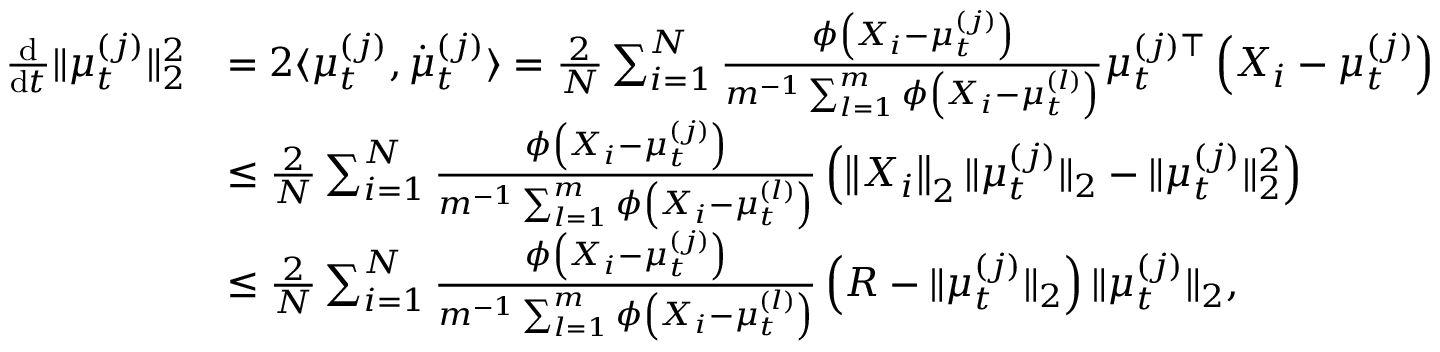
\begin{array} { r l } { \frac { \mathrm { d } } { \mathrm { d } t } \Vert \mu _ { t } ^ { ( j ) } \Vert _ { 2 } ^ { 2 } } & { = 2 \langle \mu _ { t } ^ { ( j ) } , \dot { \mu } _ { t } ^ { ( j ) } \rangle = \frac { 2 } { N } \sum _ { i = 1 } ^ { N } \frac { \phi \left( X _ { i } - \mu _ { t } ^ { ( j ) } \right) } { m ^ { - 1 } \sum _ { l = 1 } ^ { m } \phi \left( X _ { i } - \mu _ { t } ^ { ( l ) } \right) } \mu _ { t } ^ { ( j ) \top } \left( X _ { i } - \mu _ { t } ^ { ( j ) } \right) } \\ & { \leq \frac { 2 } { N } \sum _ { i = 1 } ^ { N } \frac { \phi \left( X _ { i } - \mu _ { t } ^ { ( j ) } \right) } { m ^ { - 1 } \sum _ { l = 1 } ^ { m } \phi \left( X _ { i } - \mu _ { t } ^ { ( l ) } \right) } \left( \left\Vert X _ { i } \right\Vert _ { 2 } \Vert \mu _ { t } ^ { ( j ) } \Vert _ { 2 } - \Vert \mu _ { t } ^ { ( j ) } \Vert _ { 2 } ^ { 2 } \right) } \\ & { \leq \frac { 2 } { N } \sum _ { i = 1 } ^ { N } \frac { \phi \left( X _ { i } - \mu _ { t } ^ { ( j ) } \right) } { m ^ { - 1 } \sum _ { l = 1 } ^ { m } \phi \left( X _ { i } - \mu _ { t } ^ { ( l ) } \right) } \left( R - \Vert \mu _ { t } ^ { ( j ) } \Vert _ { 2 } \right) \Vert \mu _ { t } ^ { ( j ) } \Vert _ { 2 } , } \end{array}